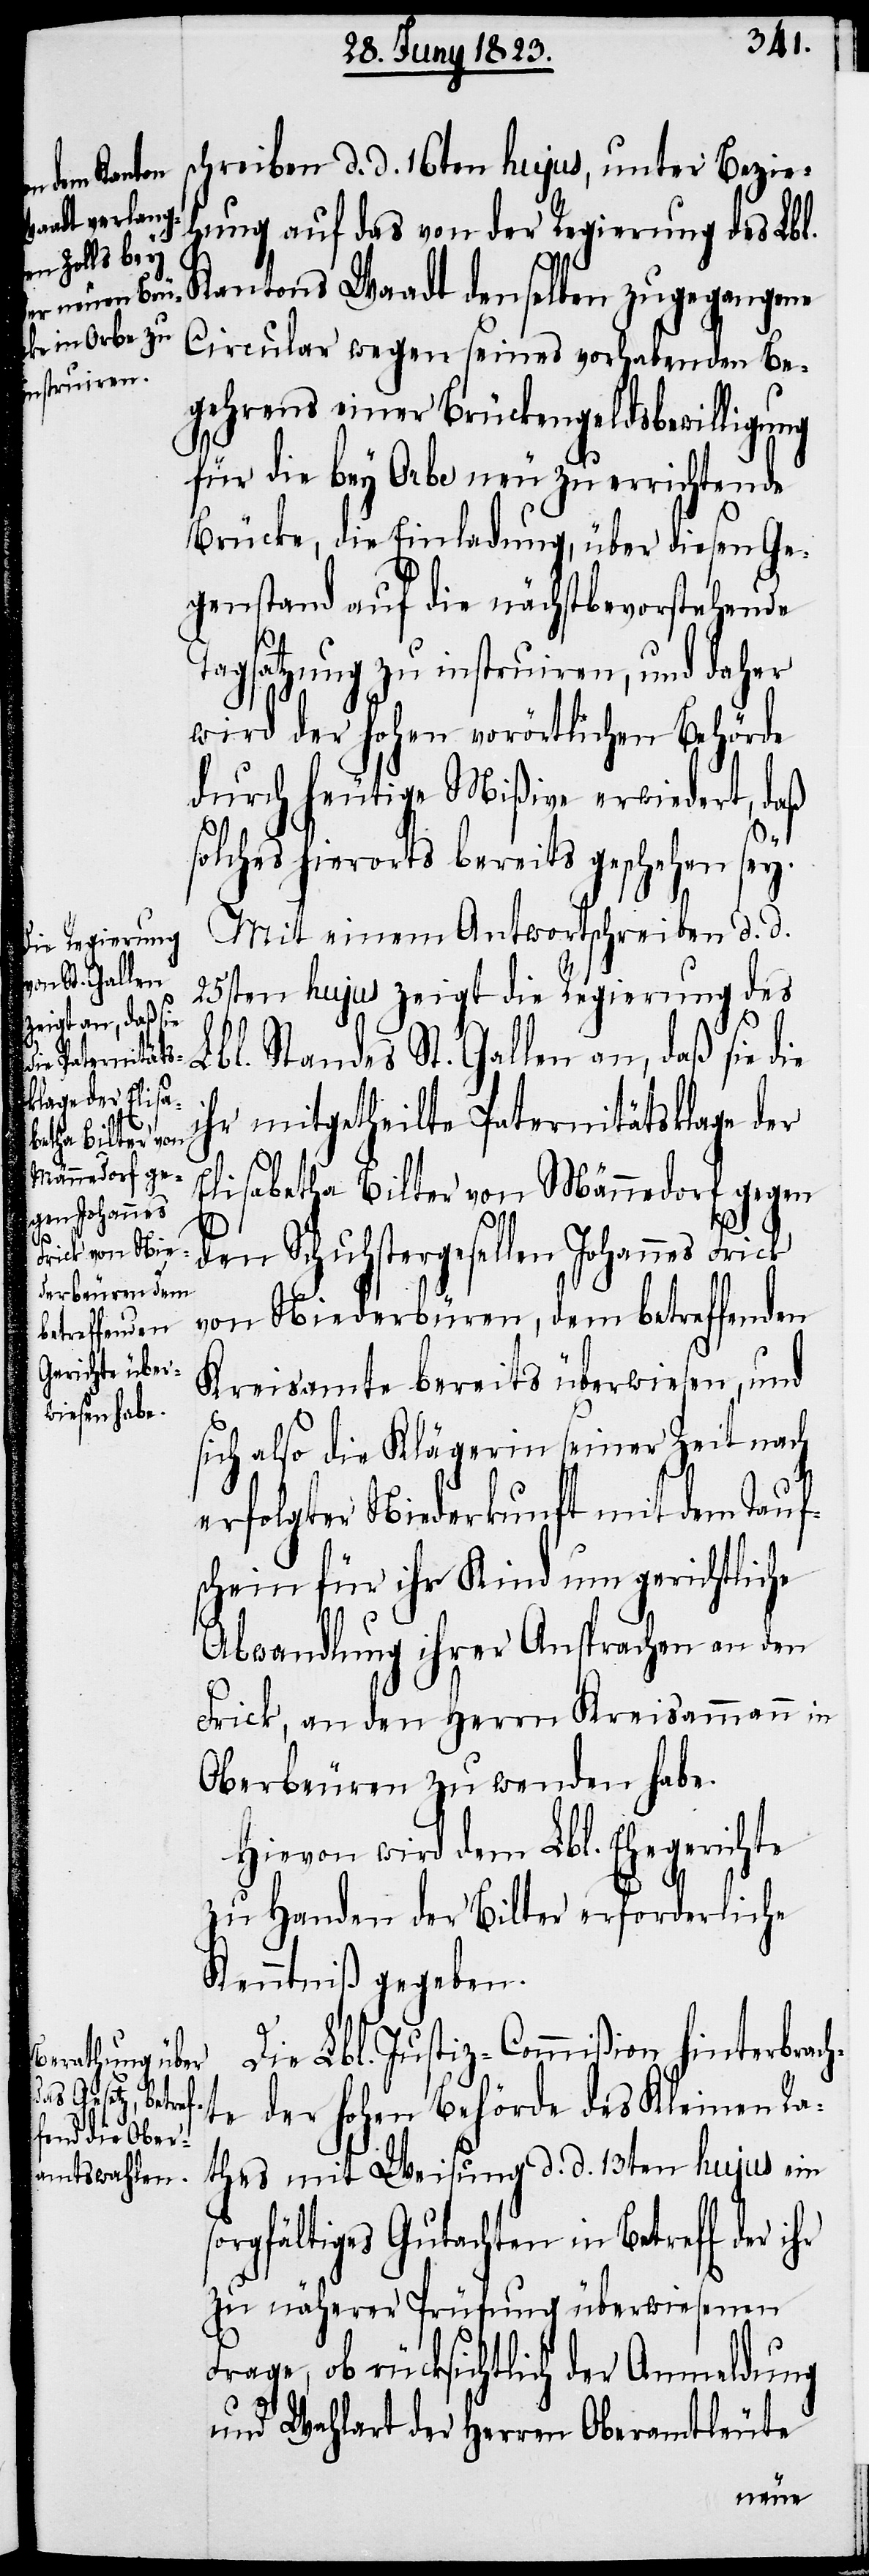
schreiben d. d. 16ten hujus, unter Bezie¬
hung auf das von der Regierung des Lbl.
Kantons Waadt denselben zugegangene
Circular wegen seines vorhabenden Be¬
gehrens einer Brückengeldsbewilligung
für die bey Orbe neu zu errichtende
Brücke, die Einladung, über diesen Ge¬
genstand auf die nächstbevorstehende
Tagsatzung zu instruiren, und daher
wird der hohen vorörtlichen Behörde
durch heutige Mißive erwiedert, daß
solches hierorts bereits geschehen sey.
Mit einem Antwortschreiben d. d.
25sten hujus zeigt die Regierung des
Lbl. Standes St. Gallen an, daß sie die
ihr mitgetheilte Paternitätsklage der
Elisabetha Bilter von Männedorf gegen
den Schuhstergesellen Johannes
von Niederbüren, dem betreffenden
Kreisamte bereits überwiesen, und
sich also die Klägerin seiner Zeit nach
erfolgter Niederkunft mit dem Tauf¬
schein für ihr Kind um gerichtliche
hr
Abwandlung ihrer Ansprachen an den
Frick, an den Herrn Kreisammann in
Oberbeuren zu wenden habe.
Hievon wird dem Lbl. Ehegerichte
zu Handen der Bilter erforderliche
Kenntniß gegeben.
Die Lbl. Justiz-Commißion hinterbrach¬
te der hohen Behörde des Kleinen Ra¬
thes mit Weisung d. d. 13ten hujus ein
orgfältiges Gutachten in Betreff der i¬
zu näherer Prüfung überwiesenen
Frage, ob rücksichtlich der Anmeldung
und Wahlart der Herren Oberamtleute